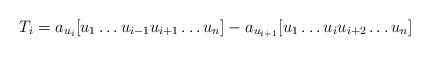
LaTeX: \begin{align*}T_i = a_{u_i} [u_1\dots u_{i-1} u_{i+1} \dots u_n] - a_{u_{i+1}}[u_1\dots u_i u_{i+2} \dots u_n]\end{align*}